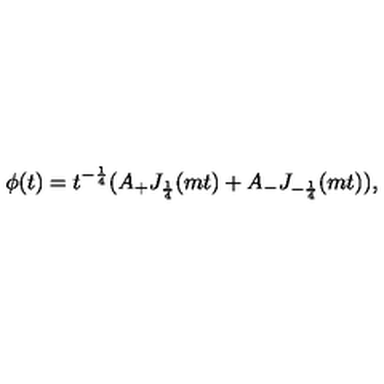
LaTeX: \phi ( t ) = t ^ { - \frac { 1 } { 4 } } ( A _ { + } J _ { \frac { 1 } { 4 } } ( m t ) + A _ { - } J _ { - \frac { 1 } { 4 } } ( m t ) ) ,